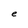
Character: e